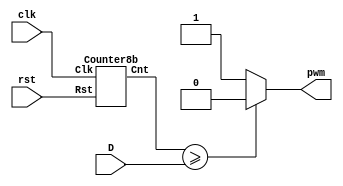
module PWM_module(input clk,rst, input [7:0] D, output  pwm);
	wire[7:0] cnt;
	Counter8b C1(clk,rst,cnt);
	/*always@(posedge clk)begin
		if(rst) pwm<=0;
	end*/
	assign pwm=(cnt>=D)? 0:1;
	
endmodule

module Counter8b(input Clk,input Rst,output reg[7:0] Cnt);
    
    always@(posedge Clk,posedge Rst)begin
        if(Rst) Cnt<=8'b0;
        else Cnt<=Cnt+1;
    end 
endmodule